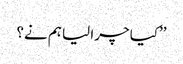
’’کیا چرا لیا ہم نے؟